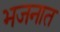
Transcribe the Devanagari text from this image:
भजनात